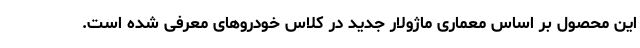
این محصول بر اساس معماری ماژولار جدید در کلاس خودروهای معرفی شده است.